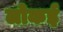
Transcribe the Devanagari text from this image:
लोकई